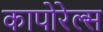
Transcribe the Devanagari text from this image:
कापोरेल्स